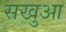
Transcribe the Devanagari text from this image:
सखुआ